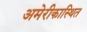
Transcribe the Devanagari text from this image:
अमेरीकास्थित